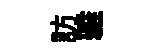
訪雅